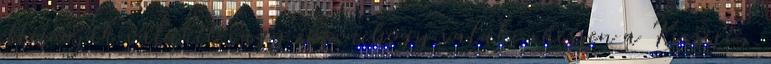
eltiporjak valakit vagy épp nehogy valaki ráessen a Kicsire,